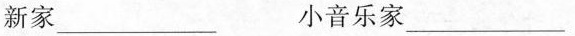
新家___小音乐家___